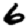
Digit: 6